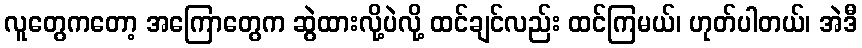
လူတွေကတော့ အကြောတွေက ဆွဲထားလို့ပဲလို့ ထင်ချင်လည်း ထင်ကြမယ်၊ ဟုတ်ပါတယ်၊ အဲဒီ